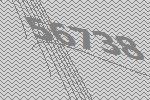
56738